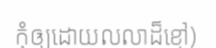
កុំឲ្យដោយលលាដ៏ខ្មៅ)